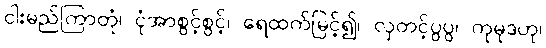
ငါးမည်ကြာတုံ၊ ငုံအာစွင့်စွင့်၊ ရေထက်မြင့်၍၊ လှတင့်ပွပွ၊ ကုမုဒဟု၊